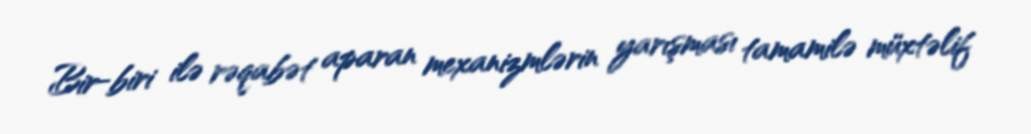
Bir-biri ilə rəqabət aparan mexanizmlərin yarışması tamamilə müxtəlif